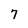
Character: 7